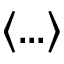
\langle . . . \rangle